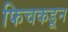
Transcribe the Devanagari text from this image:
फिचकडून